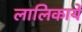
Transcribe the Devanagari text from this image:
लालिकायें